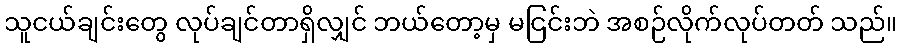
သူငယ်ချင်းတွေ လုပ်ချင်တာရှိလျှင် ဘယ်တော့မှ မငြင်းဘဲ အစဉ်လိုက်လုပ်တတ် သည်။